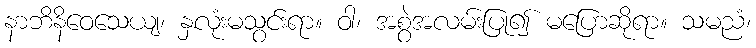
နာဘိနိဝေသေယျ၊ နှလုံးမသွင်းရာ။ ဝါ၊ အစွဲအလမ်းပြု၍ မပြောဆိုရာ။ သမညံ၊